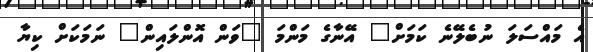
އެ މައްސަލަ ނުބެލޭނެ ކަމަށް" އޭނާގެ މަންމަ "ވަން އޮންލައިން" ނަމަކަށް ކިޔާ